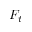
F _ { t }